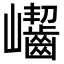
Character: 𡿖